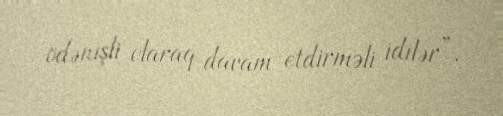
ödənişli olaraq davam etdirməli idilər”.